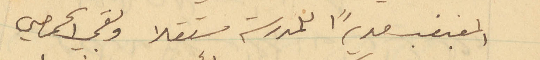
المغبغب مديراً للمدرسة مستقلا وبقي الحمصي